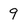
Character: 9